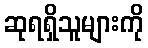
ဆုရရှိသူများကို